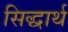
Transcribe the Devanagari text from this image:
सिद्धार्थ